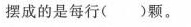
摆成的是每行( )颗。